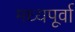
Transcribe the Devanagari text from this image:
मध्यपूर्वा